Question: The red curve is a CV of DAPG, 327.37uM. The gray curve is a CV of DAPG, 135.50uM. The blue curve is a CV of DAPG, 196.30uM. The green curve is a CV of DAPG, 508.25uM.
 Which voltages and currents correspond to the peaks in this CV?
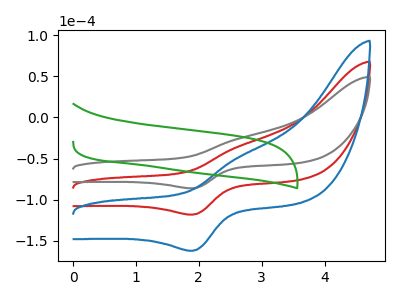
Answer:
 <answer>The red curve "DAPG, 327.37uM" has an anodic peak at (2.65V, -35.55uA) and a cathodic peak at (1.90V, -118.20uA). The gray curve "DAPG, 135.50uM" has an anodic peak at (2.65V, -25.90uA) and a cathodic peak at (1.90V, -86.15uA). The blue curve "DAPG, 196.30uM" has an anodic peak at (2.65V, -71.10uA) and a cathodic peak at (1.90V, -236.35uA). The green curve "DAPG, 508.25uM" has no peaks.</answer>
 <eval></eval>